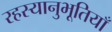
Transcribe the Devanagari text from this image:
रहस्यानुभूतियाँ